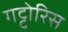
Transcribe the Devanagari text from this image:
गट्टोरिस